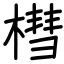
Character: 槥